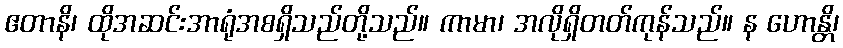
ဧတာနိ၊ ထိုအဆင်းအာရုံအစရှိသည်တို့သည်။ ကာမာ၊ အလိုရှိတတ်ကုန်သည်။ န ဟောန္တိ၊